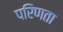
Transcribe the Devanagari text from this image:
परिणता